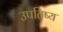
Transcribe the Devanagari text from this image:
उपतिष्य